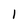
Character: l